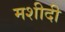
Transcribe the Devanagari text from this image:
मशीदी